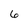
Character: 6